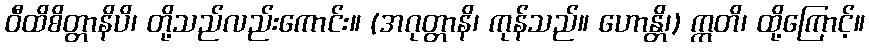
ဝီထိစိတ္တာနိပိ၊ တို့သည်လည်းကောင်း။ (အဂုတ္တာနိ၊ ကုန်သည်။ ဟောန္တိ၊) ဣတိ၊ ထို့ကြောင့်။